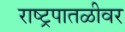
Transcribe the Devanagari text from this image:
राष्ट्रपातळीवर